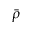
\bar { \rho }